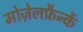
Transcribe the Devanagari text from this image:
मोज़ेलफ्रैन्कें